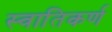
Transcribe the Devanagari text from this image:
स्वातिकर्ण